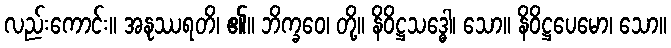
လည်းကောင်း။ အနုဿရတိ၊ ၏။ ဘိက္ခဝေ၊ တို့။ နိဝိဋ္ဌသဒ္ဓေါ၊ သော။ နိဝိဋ္ဌပေမော၊ သော။